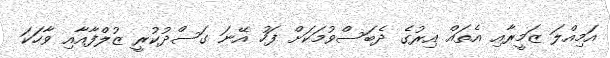
އަމިއްލަ ޒަމީރާއި އެތައް އިރުގެ ދެބަސްވުމަކަށް ފަހު އޭނަ ގަސްދުކުރީ ޒުލްފާއާއި ވާހަކަ